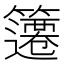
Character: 䉦